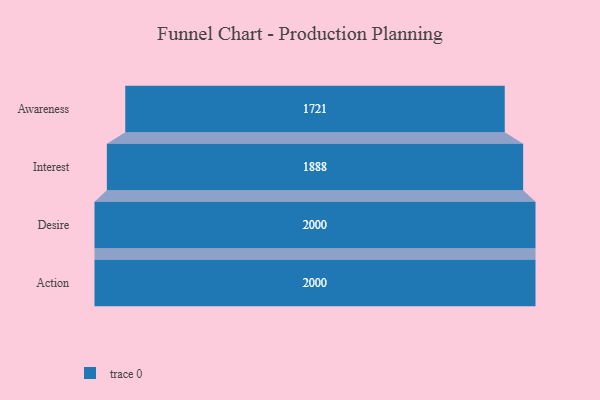
{"axis": {"x": "Stage", "y": "Value"}, "legend": [""], "data": [{"x": "Awareness", "y": 1721.0, "type": ""}, {"x": "Interest", "y": 1888.0, "type": ""}, {"x": "Desire", "y": 2000, "type": ""}, {"x": "Action", "y": 2000, "type": ""}]}